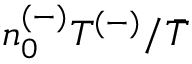
n _ { 0 } ^ { ( - ) } T ^ { ( - ) } / \bar { T }